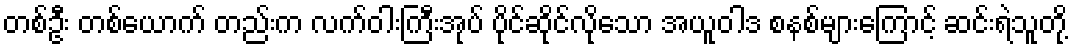
တစ်ဦး တစ်ယောက် တည်းက လက်ဝါးကြီးအုပ် ပိုင်ဆိုင်လိုသော အယူဝါဒ စနစ်များကြောင့် ဆင်းရဲသူတို့